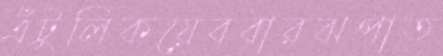
এঁটুলিকয়েববারঝপাত